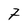
Character: 7